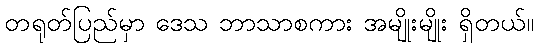
တရုတ်ပြည်မှာ ဒေသ ဘာသာစကား အမျိုးမျိုး ရှိတယ်။